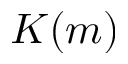
K ( m )